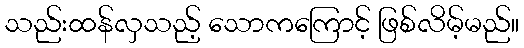
သည်းထန်လှသည့် သောကကြောင့် ဖြစ်လိမ့်မည်။